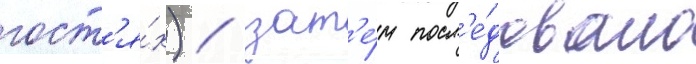
гост'я́х) / зат'е́м посл'е́довало